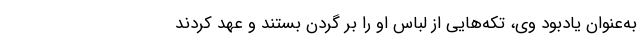
به‌عنوان یادبود وی، تکه‌هایی از لباس او را بر گردن بستند و عهد کردند